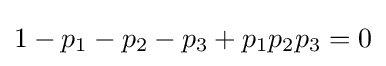
1-p_{1}-p_{2}-p_{3}+p_{1}p_{2}p_{3}=0